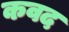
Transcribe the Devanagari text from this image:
कवद